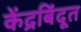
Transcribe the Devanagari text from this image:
केंद्रबिंदूत